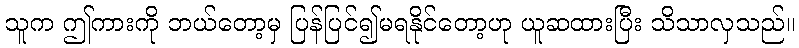
သူက ဤကားကို ဘယ်တော့မှ ပြန်ပြင်၍မရနိုင်တော့ဟု ယူဆထားပြီး သိသာလှသည်။